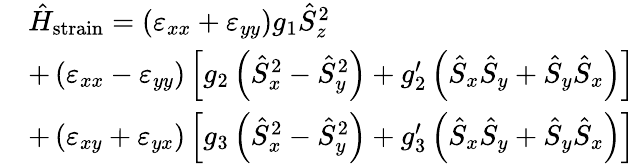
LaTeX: \begin{array}{rl}&{\hat{H}_{\mathrm{strain}}=\left(\varepsilon_{xx}+\varepsilon_{yy}\right)g_{1}\hat{S}_{z}^{2}}\\ &{+\left(\varepsilon_{xx}-\varepsilon_{yy}\right)\left[g_{2}\left(\hat{S}_{x}^{2}-\hat{S}_{y}^{2}\right)+g_{2}^{\prime}\left(\hat{S}_{x}\hat{S}_{y}+\hat{S}_{y}\hat{S}_{x}\right)\right]}\\ &{+\left(\varepsilon_{xy}+\varepsilon_{yx}\right)\left[g_{3}\left(\hat{S}_{x}^{2}-\hat{S}_{y}^{2}\right)+g_{3}^{\prime}\left(\hat{S}_{x}\hat{S}_{y}+\hat{S}_{y}\hat{S}_{x}\right)\right]}\end{array}